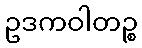
ဥဒကဝါတဉ္စ